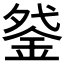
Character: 𰼩